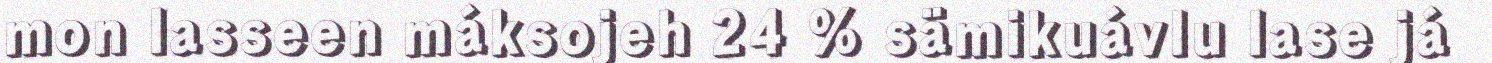
mon lasseen máksojeh 24 % sämikuávlu lase já